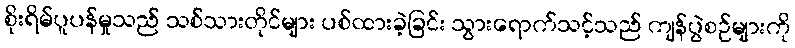
စိုးရိမ်ပူပန်မှုသည် သစ်သားတိုင်များ ပစ်ထားခဲ့ခြင်း သွားရောက်သင့်သည် ကျန်ပွဲစဉ်များကို